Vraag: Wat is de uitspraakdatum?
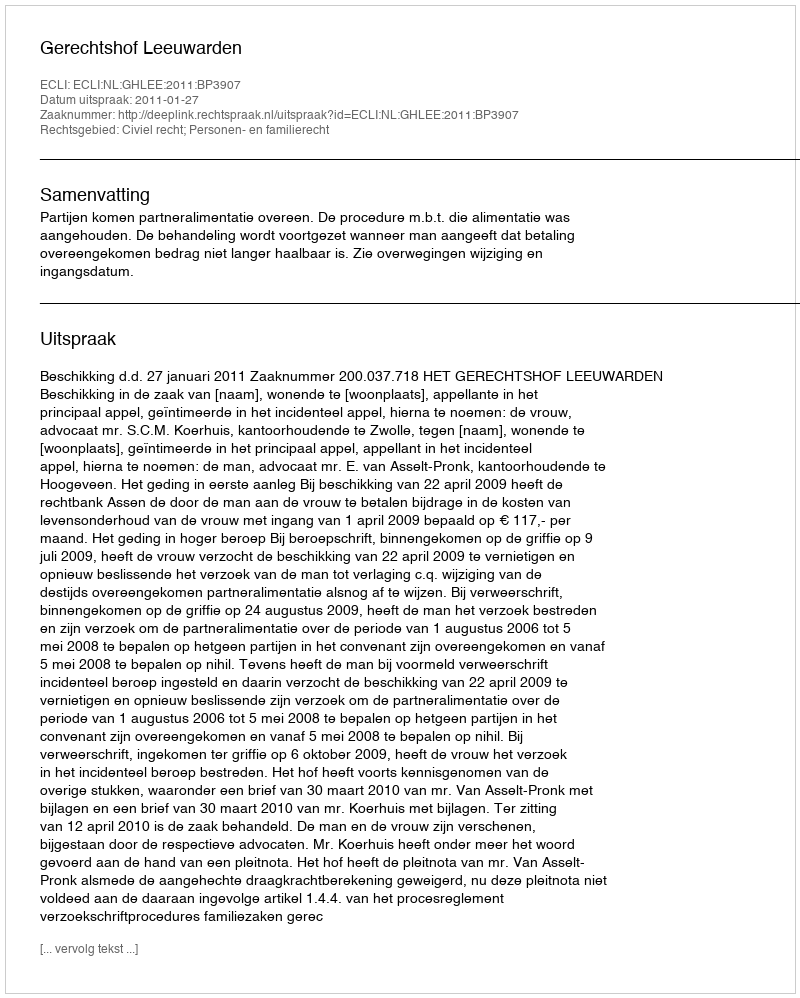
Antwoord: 2011-01-27